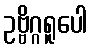
ဥဗ္ဗိဂ္ဂရူပေါ